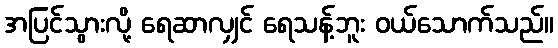
အပြင်သွားလို့ ရေဆာလျှင် ရေသန့်ဘူး ဝယ်သောက်သည်။